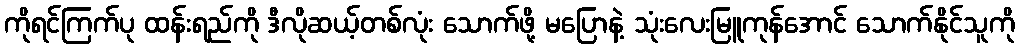
ကိုရင်ကြက်ပု ထန်းရည်ကို ဒီလိုဆယ့်တစ်လုံး သောက်ဖို့ မပြောနဲ့ သုံးလေးမြူကုန်အောင် သောက်နိုင်သူကို